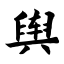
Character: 舆